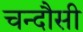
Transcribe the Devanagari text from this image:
चन्‍दौसी